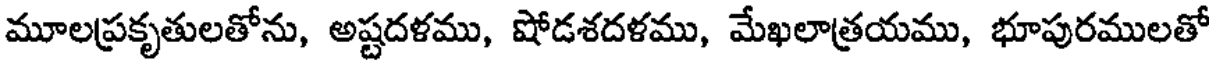
మూలప్రకృతులతోను, అష్టదళము, షోడశదళము, మేఖలాత్రయము, భూపురములతో